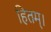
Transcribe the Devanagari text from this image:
हितम्।